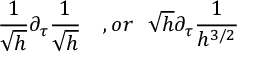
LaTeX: \frac { 1 } { \sqrt { h } } \partial _ { \tau } \frac { 1 } { \sqrt { h } } \ \ \ , o r \ \ \sqrt { h } \partial _ { \tau } \frac { 1 } { h ^ { 3 / 2 } }